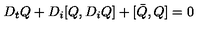
D _ { t } Q + D _ { i } [ Q , D _ { i } Q ] + [ \bar { Q } , Q ] = 0